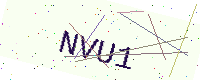
Text: NVU1